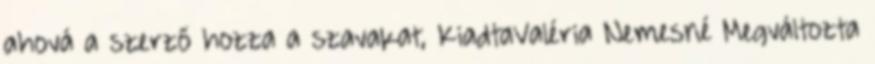
ahová a szerző hozza a szavakat, KiadtaValéria Nemesné Megváltozta